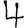
Digit: 4